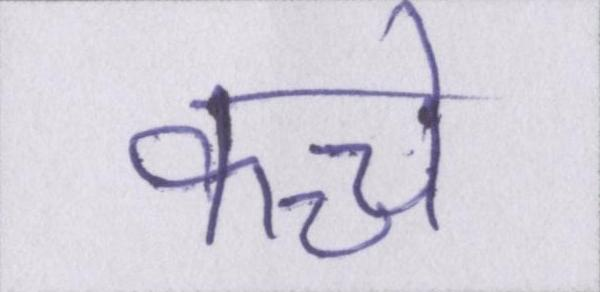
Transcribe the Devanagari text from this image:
कच्चे